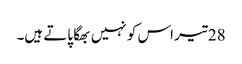
28 تیر اس کو نہیں بھگا پاتے ہیں۔